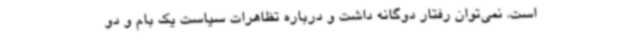
است. نمی‌توان رفتار دوگانه داشت و درباره تظاهرات سیاست یک بام و دو